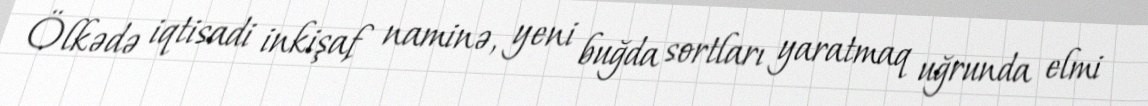
Ölkədə iqtisadi inkişaf naminə, yeni buğda sortları yaratmaq uğrunda elmi